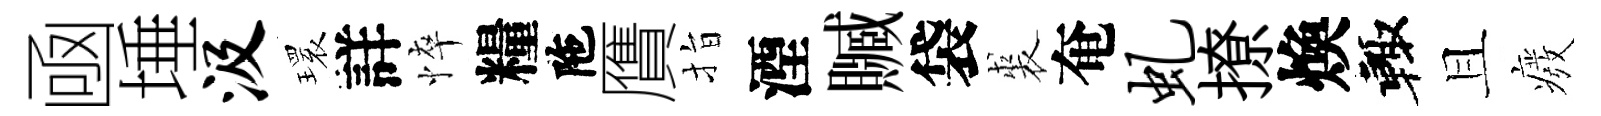
凾埵汲𤨔詳悴糧陁贋指湮贓袋裘奄虬撩煥輙且癈